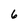
Character: 6